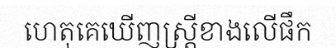
ហេតុគេឃើញស្ត្រីខាងលើផឹក